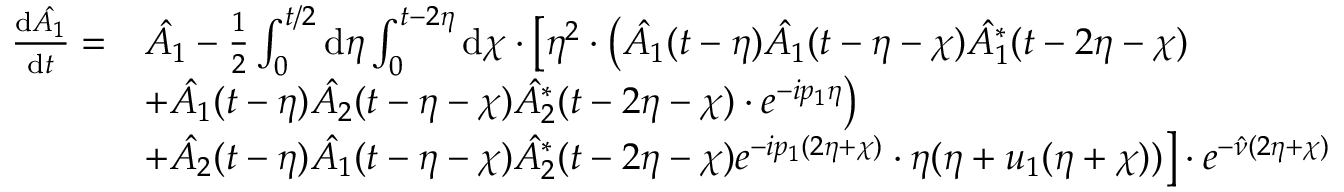
\begin{array} { r l } { \frac { \mathrm { d } \hat { A _ { 1 } } } { \mathrm { d } t } = } & { \hat { A _ { 1 } } - \frac { 1 } { 2 } \int _ { 0 } ^ { t / 2 } \mathrm { d } \eta \int _ { 0 } ^ { t - 2 \eta } \mathrm { d } \chi \cdot \bigl [ \eta ^ { 2 } \cdot \bigl ( \hat { A _ { 1 } } ( t - \eta ) \hat { A _ { 1 } } ( t - \eta - \chi ) \hat { A _ { 1 } ^ { * } } ( t - 2 \eta - \chi ) } \\ & { + \hat { A _ { 1 } } ( t - \eta ) \hat { A _ { 2 } } ( t - \eta - \chi ) \hat { A _ { 2 } ^ { * } } ( t - 2 \eta - \chi ) \cdot e ^ { - i p _ { 1 } \eta } \bigr ) } \\ & { + \hat { A _ { 2 } } ( t - \eta ) \hat { A _ { 1 } } ( t - \eta - \chi ) \hat { A _ { 2 } ^ { * } } ( t - 2 \eta - \chi ) e ^ { - i p _ { 1 } ( 2 \eta + \chi ) } \cdot \eta ( \eta + u _ { 1 } ( \eta + \chi ) ) \bigr ] \cdot e ^ { - \hat { \nu } ( 2 \eta + \chi ) } } \end{array}